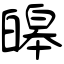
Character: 皞